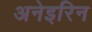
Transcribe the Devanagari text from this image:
अनेइरिन